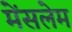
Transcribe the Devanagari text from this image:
मेंसलेम